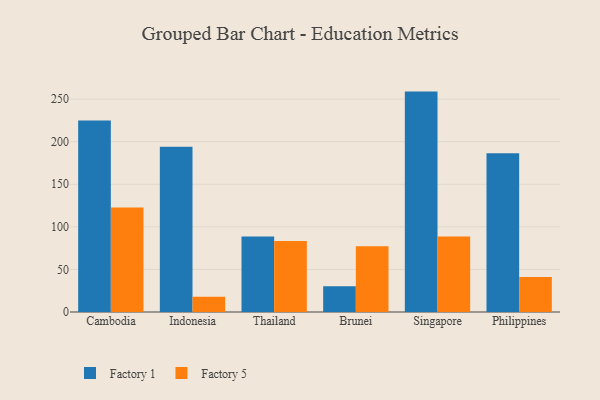
{"axis": {"x": "Country", "y": "Bounce Rate (%)"}, "legend": ["Factory 1", "Factory 5"], "data": [{"x": "Cambodia", "y": 224.8, "type": "Factory 1"}, {"x": "Cambodia", "y": 122.8, "type": "Factory 5"}, {"x": "Indonesia", "y": 194.1, "type": "Factory 1"}, {"x": "Indonesia", "y": 17.9, "type": "Factory 5"}, {"x": "Thailand", "y": 88.6, "type": "Factory 1"}, {"x": "Thailand", "y": 83.3, "type": "Factory 5"}, {"x": "Brunei", "y": 30.3, "type": "Factory 1"}, {"x": "Brunei", "y": 77.1, "type": "Factory 5"}, {"x": "Singapore", "y": 258.8, "type": "Factory 1"}, {"x": "Singapore", "y": 88.8, "type": "Factory 5"}, {"x": "Philippines", "y": 186.3, "type": "Factory 1"}, {"x": "Philippines", "y": 41.1, "type": "Factory 5"}]}